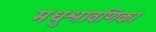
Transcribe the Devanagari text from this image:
मधुश्रावणिका